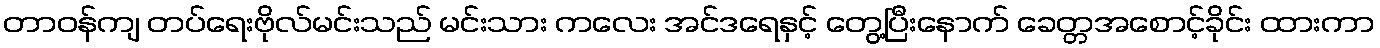
တာဝန်ကျ တပ်ရေးဗိုလ်မင်းသည် မင်းသား ကလေး အင်ဒရေနှင့် တွေ့ပြီးနောက် ခေတ္တအစောင့်ခိုင်း ထားကာ